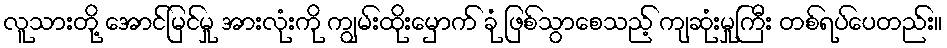
လူသားတို့ အောင်မြင်မှု အားလုံးကို ကျွမ်းထိုးမှောက် ခုံ ဖြစ်သွာစေသည့် ကျဆုံးမှုကြီး တစ်ရပ်ပေတည်း။